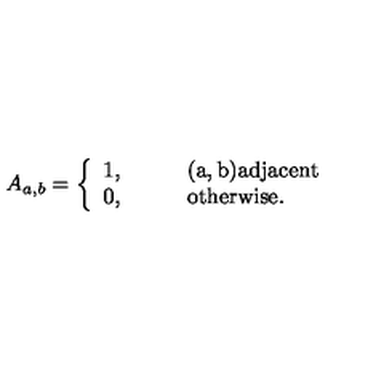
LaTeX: A _ { a , b } = \left\{ \begin{array} { l l } { 1 , \qquad } & { \mathrm { ( a , b ) a d j a c e n t } } \\ { 0 , \qquad } & { \mathrm { o t h e r w i s e . } } \\ \end{array} \right.